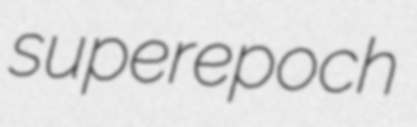
superepoch